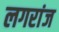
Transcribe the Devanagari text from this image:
लगरांज